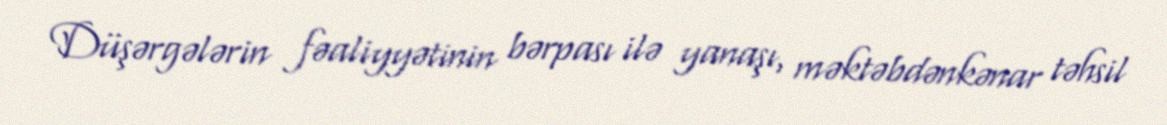
Düşərgələrin fəaliyyətinin bərpası ilə yanaşı, məktəbdənkənar təhsil